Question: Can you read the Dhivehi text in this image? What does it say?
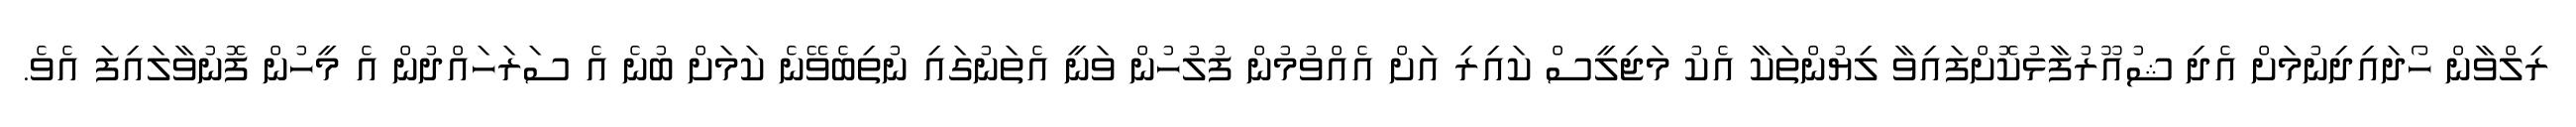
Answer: ރިލްވާން ހޯދައިދިނުމަށް އެދި ޝުއޫރުފާޅުކޮށްފައިވާ ލިޔުންތަކާ އެކު މަޖިލީސް ކައިރި އަށް އެއްވުމުން ފުލުހުން ވަނީ އެތަނުގައި ނުތިބެވޭނެ ކަމަށް ބުނެ އެ ސަރަހައްދުން އެ މީހުން ފޮނުވާލައިފަ އެވެ.